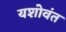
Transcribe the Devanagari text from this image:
यशोवंत